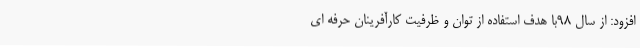
افزود: از سال 98با هدف استفاده از توان و ظرفیت کارآفرینان حرفه ای